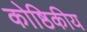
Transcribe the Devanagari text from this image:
कोष्ठिकीय